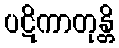
ပဋိကာတုန္တိ